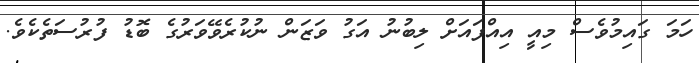
ހަމަ ގައިމުވެސް މިއީ އިއްފައަށް ލިބުނު އަގު ވަޒަން ނުކުރެވޭވަރުގެ ބޮޑު ފުރުސަތެކެވެ.